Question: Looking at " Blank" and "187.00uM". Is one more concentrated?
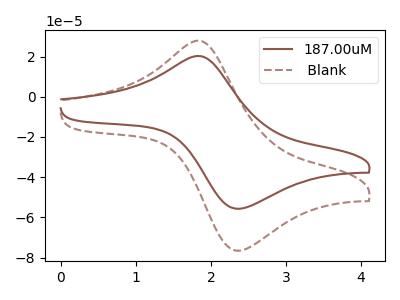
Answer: <think>The brown curve "187.00uM" has an anodic peak at (1.85V, 20.30uA) and a cathodic peak at (2.40V, -55.65uA). The brown dashed curve " Blank" has an anodic peak at (1.85V, 27.90uA) and a cathodic peak at (2.40V, -76.45uA).
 All the peaks in " Blank" have a peak in "187.00uM" at the same potential. Every peak in " Blank" is higher than every peak in "187.00uM".</think>
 <answer>" Blank" has more signal than "187.00uM" and so likely has a higher concentration.</answer>
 <eval>more_concentration</eval>